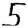
Digit: 5